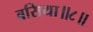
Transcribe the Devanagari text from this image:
बसिया॥८॥